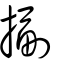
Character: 㨽